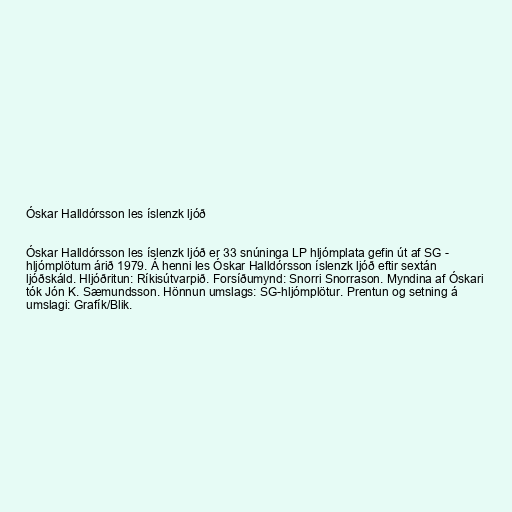
Óskar Halldórsson les íslenzk ljóð

Óskar Halldórsson les íslenzk ljóð er 33 snúninga LP hljómplata gefin út af SG -
hljómplötum árið 1979. Á henni les Óskar Halldórsson íslenzk ljóð eftir sextán
ljóðskáld. Hljóðritun: Ríkisútvarpið. Forsíðumynd: Snorri Snorrason. Myndina af Óskari
tók Jón K. Sæmundsson. Hönnun umslags: SG-hljómplötur. Prentun og setning á
umslagi: Grafík/Blik.